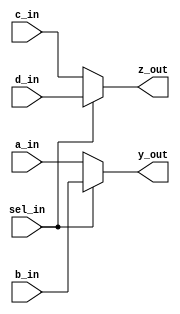
`timescale 1ns / 1ps
//////////////////////////////////////////////////////////////////////////////////
// Company: 
// Engineer: 
// 
// Design Name: 
// Module Name: mux_chain_2_2to1
// Project Name: 
// Target Devices: 
// Tool Versions: 
// Description: 
// 
// Dependencies: 
// 
// Revision:
// Revision 0.01 - File Created
// Additional Comments:
// 
//////////////////////////////////////////////////////////////////////////////////


module mux_chain_2_2to1(
input a_in, b_in, c_in, d_in, sel_in,
output reg y_out, z_out
    );
    //reg y_out, z_out;
 always@(*)
 
    if(sel_in==1'b0)
    begin
    y_out=a_in;
    z_out=c_in;
    end
else
begin
    y_out=b_in;
    z_out=d_in;
    end
endmodule